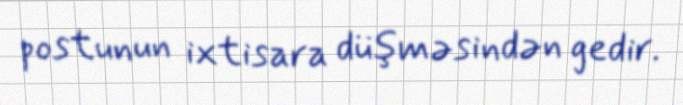
postunun ixtisara düşməsindən gedir.